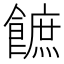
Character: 䭖